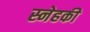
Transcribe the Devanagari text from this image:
स्नेहकी